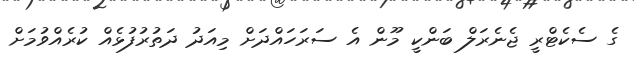
ގެ ސެކެޓްރީ ޖެނެރަލް ބަންކީ މޫން އެ ސަރަހައްދަށް މިއަދު ދަތުރުފުޅެއް ކުރެއްވުމަށް